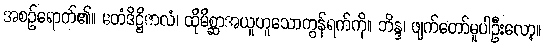
အစဉ်ရောက်၏။ ဧတံဒိဋ္ဌိဇာလံ၊ ထိုမိစ္ဆာအယူဟူသောကွန်ရက်ကို။ ဘိန္ဒ၊ ဖျက်တော်မူပါဦးလော့။